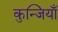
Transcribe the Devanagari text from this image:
कुन्जियाँ